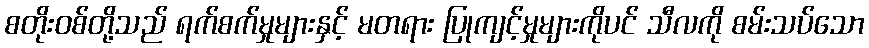
စတိုးဝစ်တို့သည် ရက်စက်မှုများနှင့် မတရား ပြုကျင့်မှုများကိုပင် သီလကို စမ်းသပ်သော